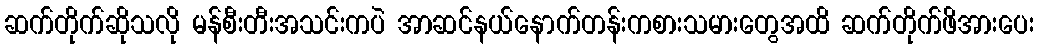
ဆက်တိုက်ဆိုသလို မန်စီးတီးအသင်းကပဲ အာဆင်နယ်နောက်တန်းကစားသမားတွေအထိ ဆက်တိုက်ဖိအားပေး